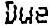
DUE